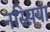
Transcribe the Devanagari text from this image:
नस्सिया